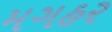
મગહર